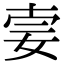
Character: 𡜌